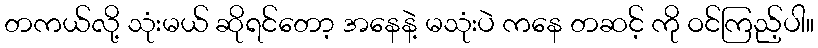
တကယ်လို့ သုံးမယ် ဆိုရင်တော့ အနေနဲ့ မသုံးပဲ ကနေ တဆင့် ကို ဝင်ကြည့်ပါ။